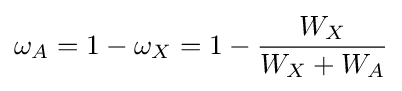
\omega _{A}=1-\omega _{X}=1-{\frac {W_{X}}{W_{X}+W_{A}}}